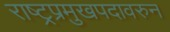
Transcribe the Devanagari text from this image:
राष्ट्रप्रमुखपदावरुन